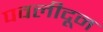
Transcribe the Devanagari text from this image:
पवलीदून